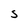
Character: S